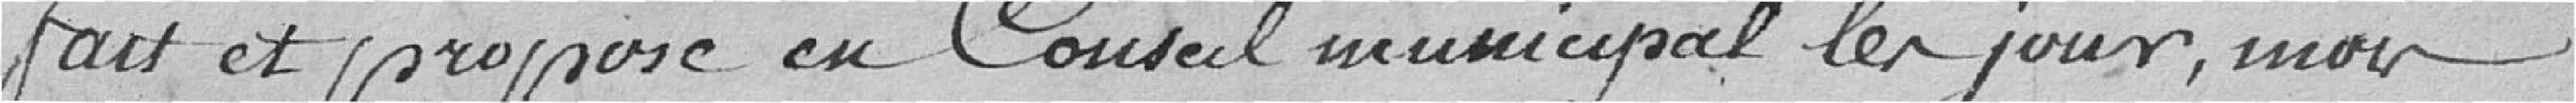
fait et proposé en conseil municipal le jour, mois